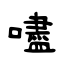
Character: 嚍